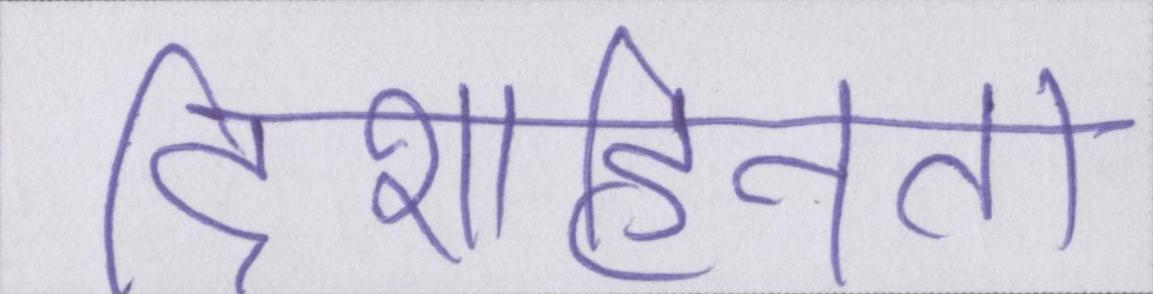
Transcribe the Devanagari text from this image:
दिशाहीनता